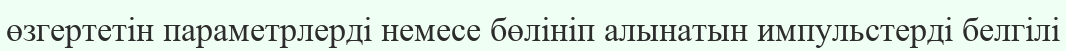
өзгертетін параметрлерді немесе бөлініп алынатын импульстерді белгілі